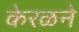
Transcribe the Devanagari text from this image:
केरळने